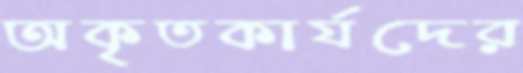
অকৃতকার্যদের